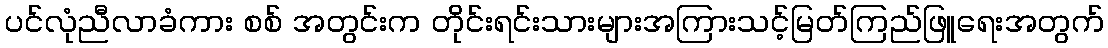
ပင်လုံညီလာခံကား စစ် အတွင်းက တိုင်းရင်းသားများအကြားသင့်မြတ်ကြည်ဖြူရေးအတွက်